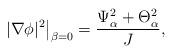
LaTeX: \begin{align*}\left.|\nabla\phi|^2 \right|_{\beta=0} = \frac{\Psi_\alpha^2 + \Theta_\alpha^2}{J},\end{align*}